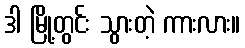
ဒါ မြို့တွင်း သွားတဲ့ ကားလား။